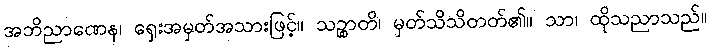
အဘိညာဏေန၊ ရှေးအမှတ်အသားဖြင့်။ သဉ္စာတိ၊ မှတ်သိသိတတ်၏။ သာ၊ ထိုသညာသည်။